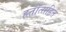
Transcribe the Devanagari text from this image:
हतोत्सहित